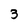
Character: 3